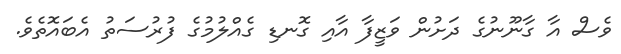
ވެސް އާ ގާނޫނުގެ ދަށުން ވަޒީފާ އާއި ގޮނޑި ގެއްލުމުގެ ފުރުސަތު އެބައޮތެވެ.